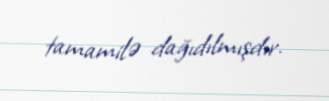
tamamilə dağıdılmışdır.